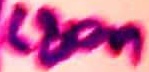
Text: 680n